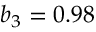
b _ { 3 } = 0 . 9 8